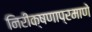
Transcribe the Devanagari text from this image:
निरीक्षणाप्रमाणे